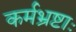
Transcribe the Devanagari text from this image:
कर्मभ्रष्टाः